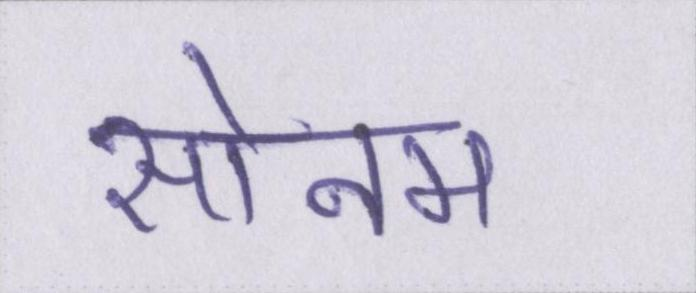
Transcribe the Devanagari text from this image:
सोनम